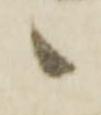
候